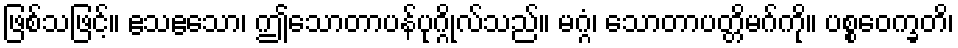
ဖြစ်သဖြင့်။ ဧသဧသော၊ ဤသောတာပန်ပုဂ္ဂိုလ်သည်။ မဂ္ဂံ၊ သောတာပတ္တိမဂ်ကို။ ပစ္စဝေက္ခတိ၊